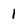
Character: 1